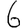
Digit: 6